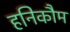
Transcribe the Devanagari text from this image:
हनिकौम